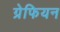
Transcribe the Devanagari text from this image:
ग्रेफियन